画像に写った文字を読んでください
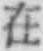
「在」と書いてあります